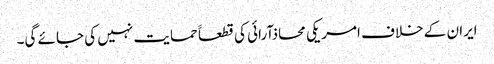
ایران کے خلاف امریکی محاذآرائی کی قطعاََ حمایت نہیں کی جائے گی۔